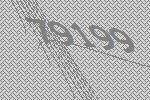
79199